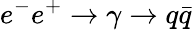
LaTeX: e^{-}e^{+}\to\gamma\to q{\bar{q}}